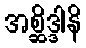
အစ္ဆိဒ္ဒါနိ